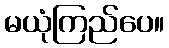
မယုံကြည်ပေ။